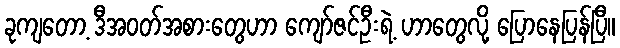
ခုကျတော့ ဒီအဝတ်အစားတွေဟာ ကျော်ဇင်ဦးရဲ့ ဟာတွေလို့ ပြောနေပြန်ပြီ။